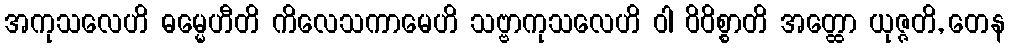
အကုသလေဟိ ဓမ္မေဟီတိ ကိလေသကာမေဟိ သဗ္ဗာကုသလေဟိ ဝါ ဝိဝိစ္စာတိ အတ္ထော ယုဇ္ဇတိ, တေန